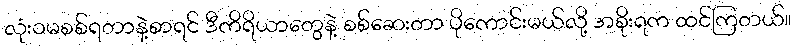
လုံးဝမစစ်ရတာနဲ့စာရင် ဒီကိရိယာတွေနဲ့ စစ်ဆေးတာ ပိုကောင်းမယ်လို့ အစိုးရက ထင်ကြတယ်။